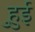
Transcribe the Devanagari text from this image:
हुुई